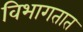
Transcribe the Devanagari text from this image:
विभागतात